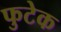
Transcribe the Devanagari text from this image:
फुटेक